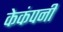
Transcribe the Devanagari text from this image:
केकंपनी